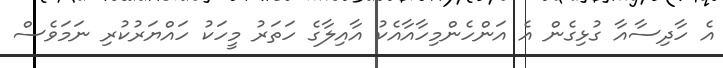
އެ ހާދިސާއާ ގުޅިގެން އެ އަންހެންމިހާއާއެކު އާއިލާގެ ހަތަރު މީހަކު ހައްޔަރުކުރި ނަމަވެސް